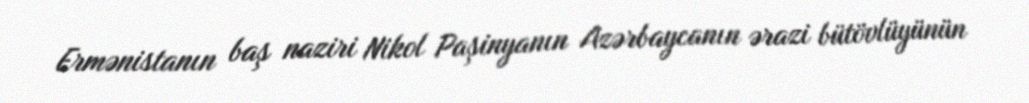
Ermənistanın baş naziri Nikol Paşinyanın Azərbaycanın ərazi bütövlüyünün